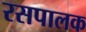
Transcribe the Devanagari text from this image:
रसपालक